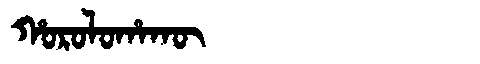
Manchu: ᡥᠣᡵᠣᠯᠣᡥᠠᡴᡡ
Romanization: HOROLOHAKŪ